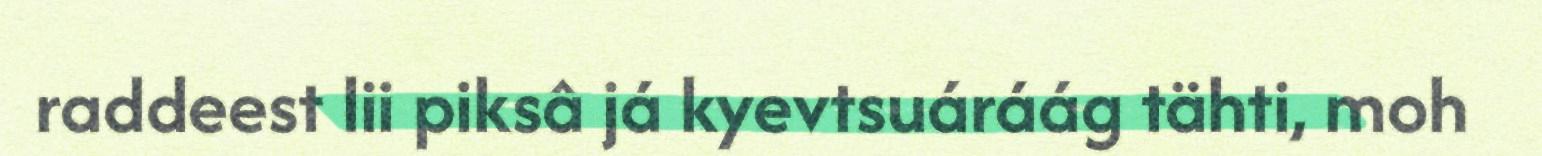
raddeest lii piksâ já kyevtsuáráág tähti, moh